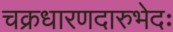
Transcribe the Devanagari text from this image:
चक्रधारणदारुभेदः